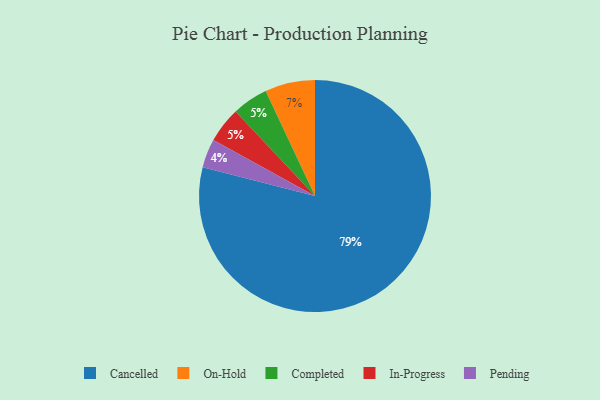
{"axis": {"x": "Category", "y": "Percentage"}, "legend": ["Cancelled", "Completed", "In-Progress", "On-Hold", "Pending"], "data": [{"x": "On-Hold", "y": 7, "type": "On-Hold"}, {"x": "Cancelled", "y": 79, "type": "Cancelled"}, {"x": "Pending", "y": 4, "type": "Pending"}, {"x": "Completed", "y": 5, "type": "Completed"}, {"x": "In-Progress", "y": 5, "type": "In-Progress"}]}